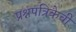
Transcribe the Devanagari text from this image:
प्रश्नपत्रिकेची